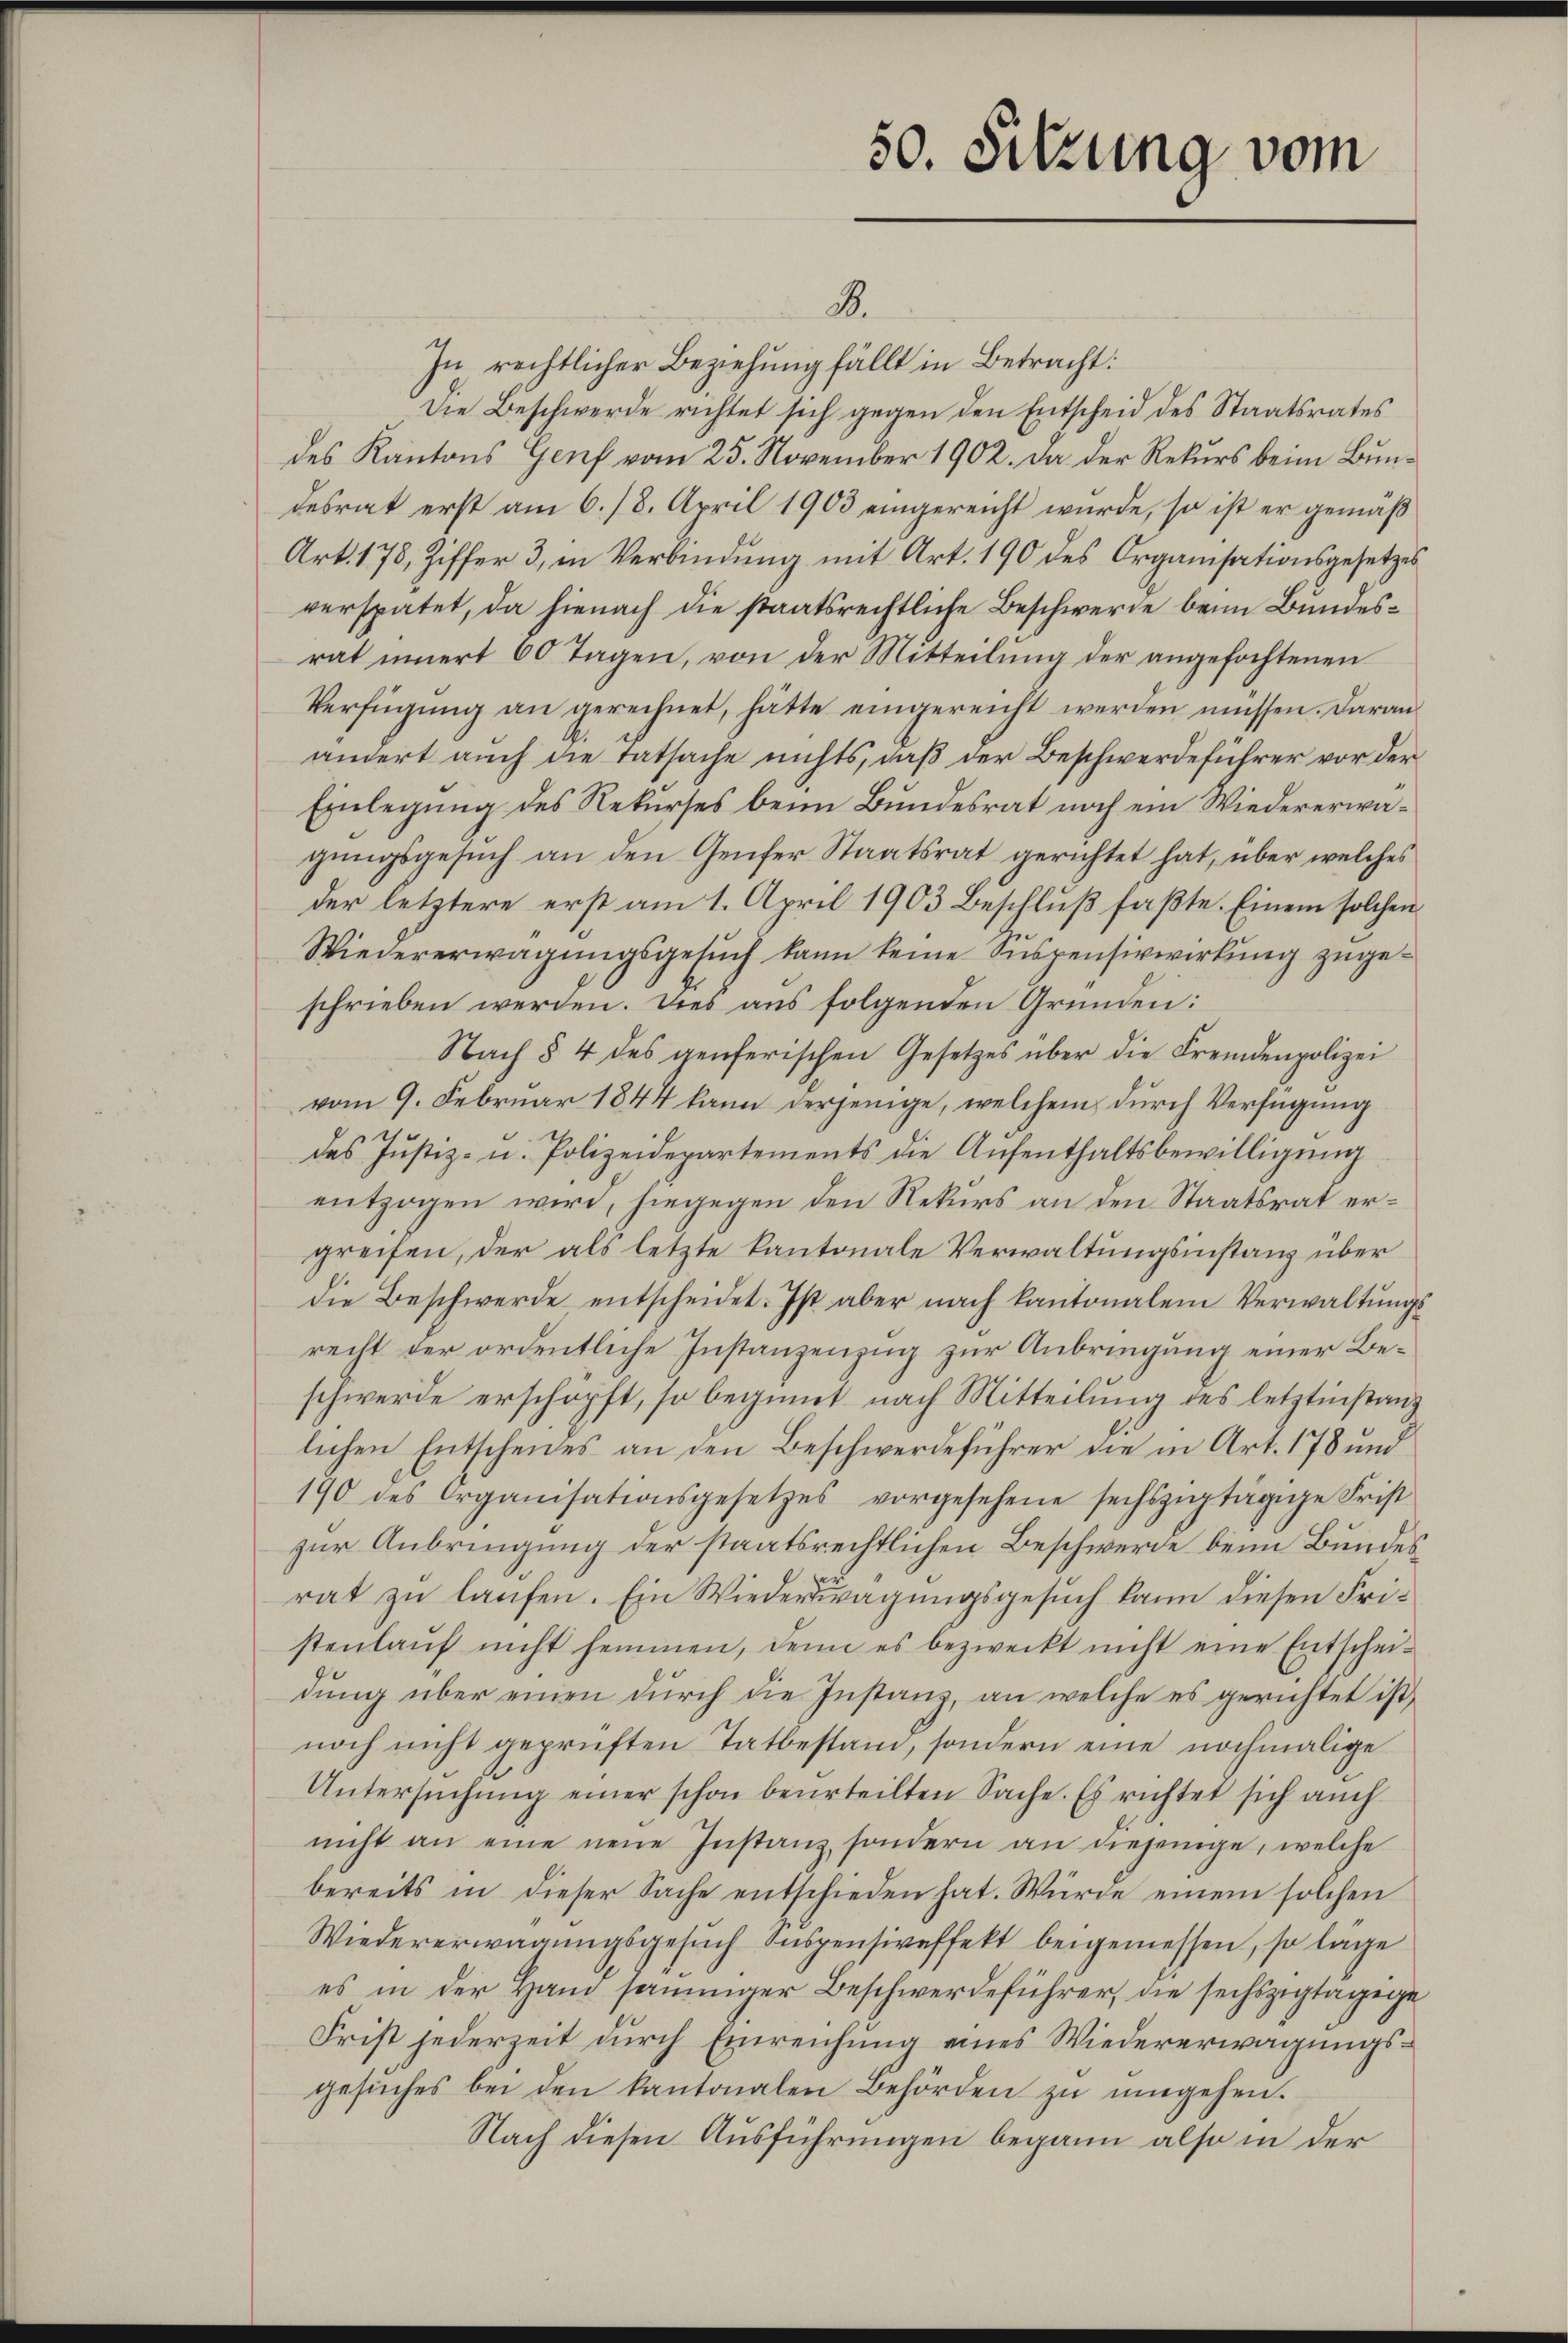
B.
In rechtlicher Beziehung fällt in Betracht:
Die Beschwerde richtet sich gegen den Entscheid des Staatsrates
des Kantons Genf vom 25. November 1902. Da der Rekurs beim Bundesrat erst am 6./8. April 1903 eingereicht wurde, so ist er gemäß
Art. 178, Ziffer 3, in Verbindung mit Art. 190 des Organisationsgesetzes
verspätet, da hienach die staatsrechtliche Beschwerde beim Bundesrat innert 60 Tagen, von der Mitteilung der angefochtenen
Verfügung an gerechnet, hätte eingereicht werden müssen. Daran
ändert auch die tatsache nichts, daß der Beschwerdeführer vor der
Einlegung des Rekurses beim Bundesrat noch ein Wiedererwagungsgesuch an den Genfer Staatsrat gerichtet hat, über welches
der letztere erst am 1. April 1903 Beschluß faßte. Einem solchen
Wiedererwägungsgesuch kann keine Suspensivwirkung zugeschrieben werden. Dies aus folgenden Gründen:
Nach § 4 des genferischen Gesetzes über die Fremdenpolizei
vom 9. Februar 1844 kann derjenige, welchem durch Verfügung
e
des Justiz- u. Polizeidepartements die Aŭfenthaltsbewilligŭng
entzogen wird, hiegegen den Rekurs an den Staatsrat ergreifen, der als letzte kantonale Verwaltungsinstanz über
die Beschwerde entscheidet. Ist aber nach kantonalem Verwaltungsrecht der ordentliche Instanzenzug zur Anbringung einer Beschwerde erschöpft, so beginnt nach Mitteilung des letztinstanz
lichen Entscheides an den Beschwerdeführer die in Art. 178 und
190 des Organisationsgesetzes vorgesehene sechszŭtägige Frist
zur Anbringung der staatsrechtlichen Beschwerde beim Bundesrat zu laufen. Ein Wiederwägungsgesuch kann diesen Fristenlaŭf nicht hemmen, denn es bezweckt nicht eine Entschei-
dung über einen durch die Instanz, an welche es gerichtet ist,
noch nicht geprüften Tatbestand, sondern eine nochmalige
Untersŭchŭng einer schon beurteilten Sache. Es richtet sich auch
nicht an eine neue Instanz, sondern an diejenige, welche
bereits in dieser Sache entschieden hat. Würde einem solchen
Wiedererwägungsgesŭch Suspensiveffekt beigemessen, so lage
es in der Hand sämmiger Beschwerdeführer, die sechszigtägige
Frist jederzeit durch Einreichung eines Wiedererwägungsgesŭches bei den kantonalen Behörden zŭ ŭmgehen.
Nach diesen Ausführungen begann also in der

50. Sitzung vom